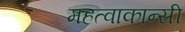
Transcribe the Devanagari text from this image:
महत्वाकान्सी